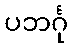
ပဘင်္ဂု